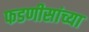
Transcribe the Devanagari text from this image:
फडणीसांच्या